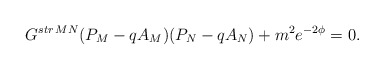
\begin{align*}G^{str\,MN}(P_M-qA_M)(P_N-qA_N)+m^2e^{-2\phi}=0.\end{align*}